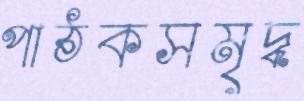
পাঠকসমৃদ্ধ